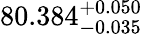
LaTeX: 80.384_{-0.035}^{+0.050}